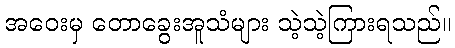
အဝေးမှ တောခွေးအူသံများ သဲ့သဲ့ကြားရသည်။